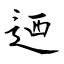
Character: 迺